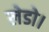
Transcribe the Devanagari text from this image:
लेडो।